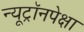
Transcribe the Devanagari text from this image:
न्यूट्रॉनपेक्षा